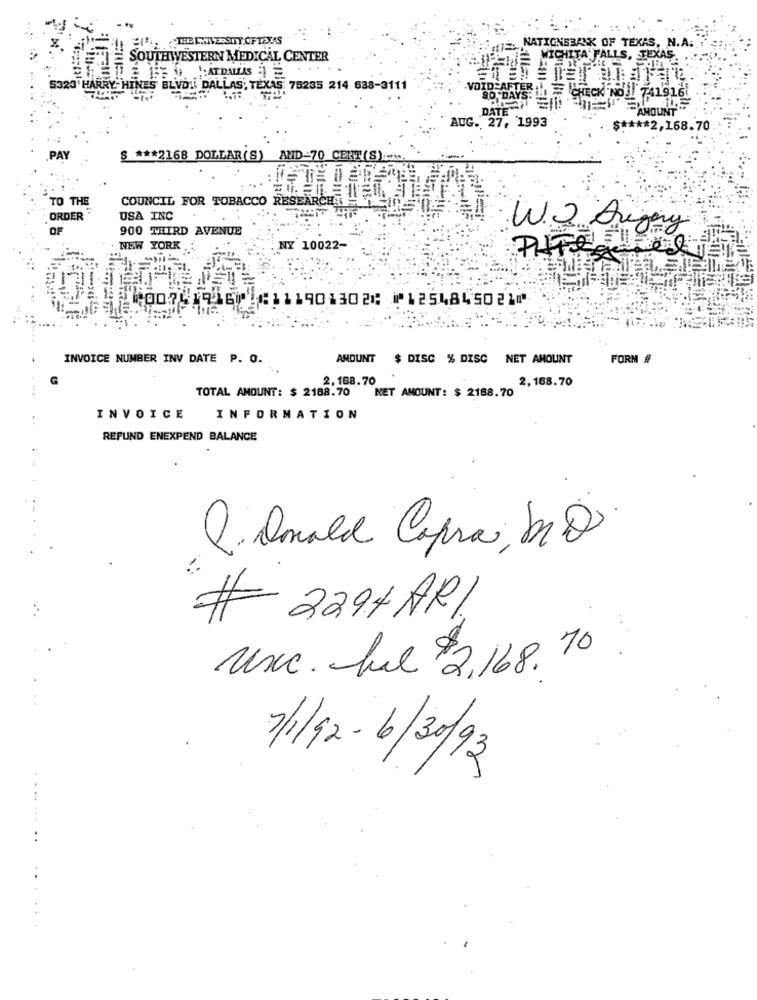
THE L.JIVE.STY OF TEXAS
NATIONSBANK OF TEXAS, N.A.
SOUTHWESTERN MEDICAL CENTER
WICHITA FALLS, TEXAS.
5323' HARRY HINES BLVDIL DALLAS, TEXAS 75235 214 638-3111
VOID AFTER ! = CHECK NOJ 7419161
"AMOUNT"
AUG. 27, 1993
$ **** 2,168.70
PAY
$ *** 2168 DOLLAR(S) AND-70 CENT(S).
TO THE
COUNCIL FOR TOBACCO RESEARCH
ORDER"
USA INC
OF
900 THIRD AVENUE
W.O Augeny
NEW YORK
NY 10022-
2⑆00761916⑈ ⑆111901302⑆ ⑈1254845021⑈
INVOICE NUMBER INV DATE P. O.
ANDUNT
$ DISC % DISC NET AMOUNT
FORM #
2.168.70
2,168.70
NET AMOUNT: $ 2188.70
TOTAL AMOUNT: $ 2188.70
INVOICE
INFORMATION
REFUND ENEXPEND BALANCE
Q. Qmald Capra, Mio
# 2294 ARI.
Uxc. ful $3,168.70
11/12- 6/30/93
..